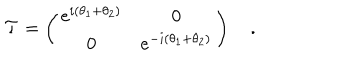
{ \cal T } = \left( \begin{matrix} { { e ^ { i ( \theta _ { 1 } + \theta _ { 2 } ) } } } & { { 0 } } \\ { { 0 } } & { { e ^ { - i ( \theta _ { 1 } + \theta _ { 2 } ) } } } \\ \end{matrix} \right) \quad .